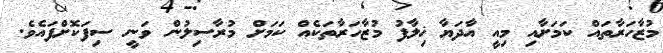
މުޒާހަރާތައް ކަމަށާއި މިއީ އާދަޔާ ޚިލާފު މުޒާހަރާތަކެއް ކަމަށް މުރާސިލުން ވަނީ ސިފަކޮށްފައެވެ.